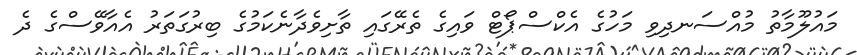
މައުލޫމާތު މުއްސަނދިވި މަހުގެ އެކްސްޕޯޓް ވައިގެ ތެރޭގައި ތާށިވެދާނެކަމުގެ ބިރުގަތަރު އެއާވޭސްގެ ދެ